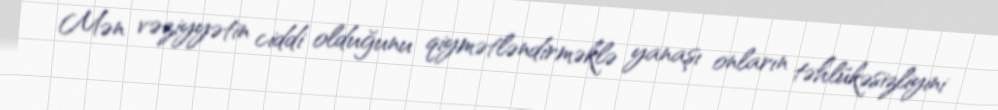
Mən vəziyyətin ciddi olduğunu qiymətləndirməklə yanaşı onların təhlükəsizliyini